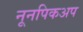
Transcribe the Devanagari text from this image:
नूनपिकअप